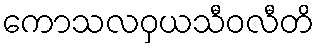
ကောသလဝှယသီဝလီတိ